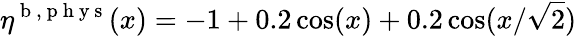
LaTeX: \eta^{\mathrm{~b~},\mathrm{~p~h~y~s~}}(x)=-1+0.2\cos(x)+0.2\cos(x/\sqrt{2})